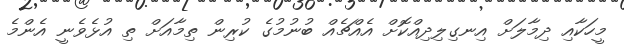
މީހަކާއި ދިމާލަށް އިނގިލިދިއްކޮށް އެއްޗެއް ބުނުމުގެ ކުރިން ތިމާއަށް ތި އުޅެވެނީ އެންމެ